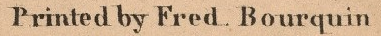
Printed by Fred Bourquin